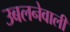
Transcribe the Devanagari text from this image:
उबलनेवाली